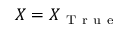
X = X _ { \mathrm { ~ T ~ r ~ u ~ e ~ } }